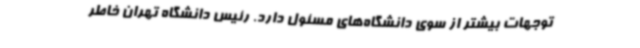
توجهات بیشتر از سوی دانشگاه‌های مسئول دارد. رئیس دانشگاه تهران خاطر